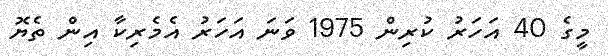
މީގެ 40 އަހަރު ކުރިން 1975 ވަނަ އަހަރު އެމެރިކާ އިން ތެޔޮ